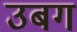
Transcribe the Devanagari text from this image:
उबग